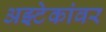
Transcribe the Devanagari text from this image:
अझ्टेकांवर